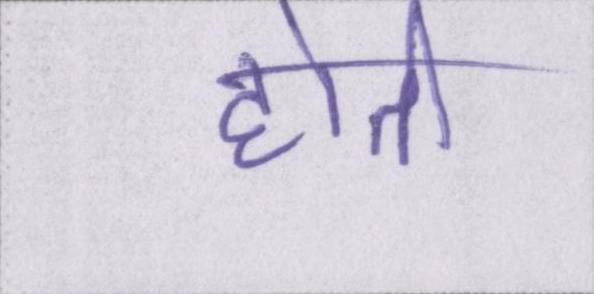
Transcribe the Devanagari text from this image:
होती